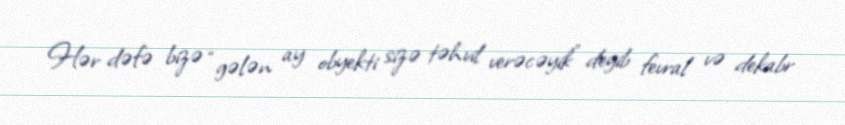
Hər dəfə bizə “gələn ay obyekti sizə təhvil verəcəyik” deyib fevral və dekabr